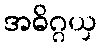
အဓိဂ္ဂယှ